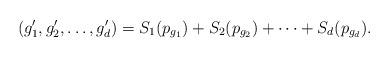
LaTeX: \begin{align*}(g_1', g_2', \dotsc, g_d') = S_1(p_{g_1})+ S_2(p_{g_2})+\dotsb+S_d(p_{g_d}).\end{align*}